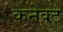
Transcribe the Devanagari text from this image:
कनेक्‍ट